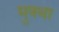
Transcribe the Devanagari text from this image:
मुक्था